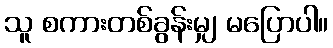
သူ စကားတစ်ခွန်းမျှ မပြောပါ။